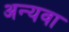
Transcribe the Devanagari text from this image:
अन्यवा